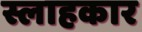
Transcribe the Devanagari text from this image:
स्लाहकार